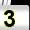
Digit: 3